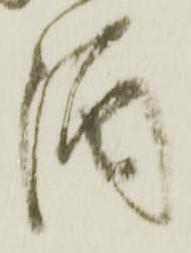
酒